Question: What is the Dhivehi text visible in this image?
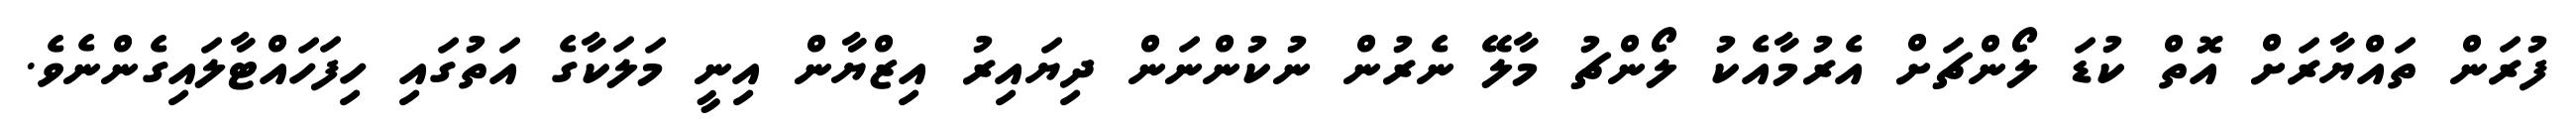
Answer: ފުރަން ތައްޔާރަށް އޮތް ކުޑަ ލޯންޗަށް އެރުމާއެކު ލޯންޗު މާލޭ ނެރުން ނުކުންނަން ދިޔައިރު އިޒްޔާން އިނީ މަލަކާގެ އަތުގައި ހިފަހައްޓާލައިގެންނެވެ.